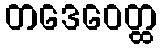
တဒေဝေတ္ထ